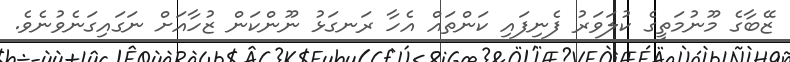
ޒޭބާގެ މޫނުމަތީގެ ކުލަވަރު ފެނިފައި ކަންތައް އެހާ ރަނގަޅު ނޫންކަން ޒުހާއަށް ނަގައިގަނެވުނެވެ.